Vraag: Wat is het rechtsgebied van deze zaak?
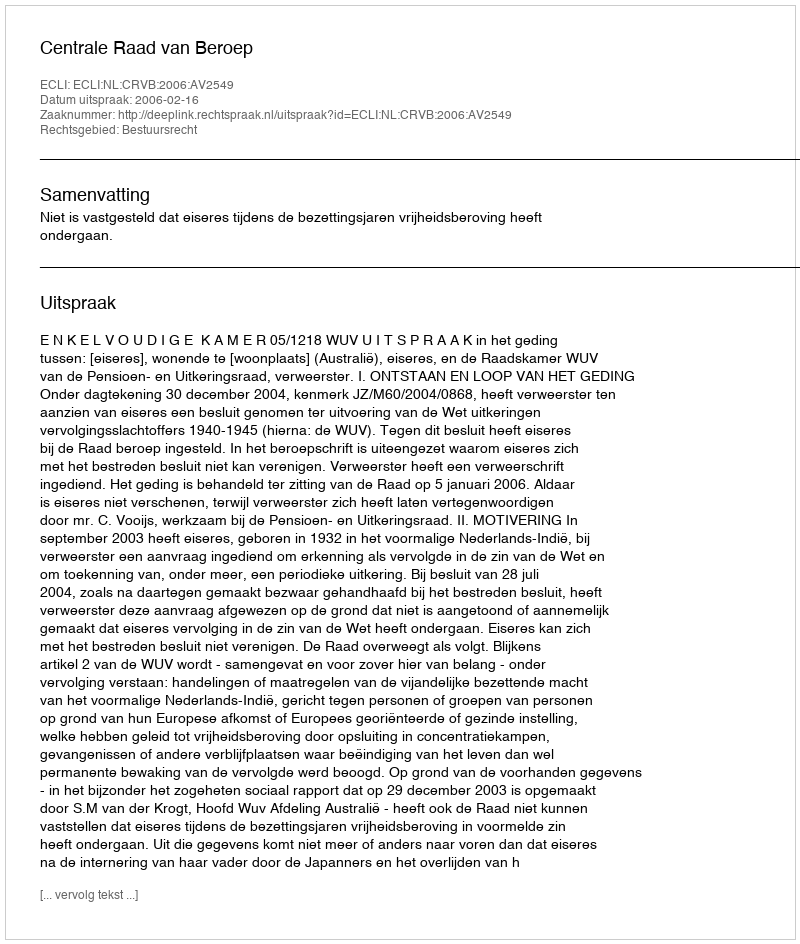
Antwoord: Bestuursrecht